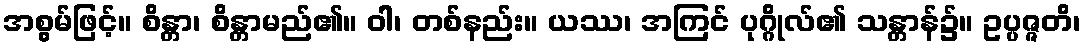
အစွမ်ဖြင့်။ စိန္တာ၊ စိန္တာမည်၏။ ဝါ၊ တစ်နည်း။ ယဿ၊ အကြင် ပုဂ္ဂိုလ်၏ သန္တာန်၌။ ဥပ္ပဇ္ဇတိ၊